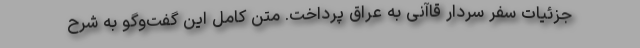
جزئیات سفر سردار قاآنی به عراق پرداخت. متن کامل این گفت‌وگو به شرح